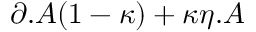
\partial . A ( 1 - \kappa ) + \kappa \eta . A \protect